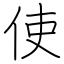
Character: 使